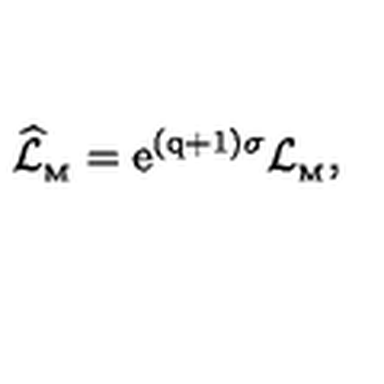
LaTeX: \widehat { \cal L } _ { _ \mathrm { M } } = \mathrm { e } ^ { { ( \mathrm { q + 1 ) } } \sigma } { \cal L } _ { _ \mathrm { M } } ,